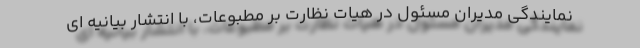
نمایندگی مدیران مسئول در هیات نظارت بر مطبوعات، با انتشار بیانیه ای